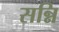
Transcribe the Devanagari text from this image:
सन्नि